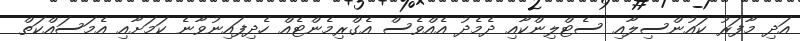
އަދި މާފަރު ކައުންސިލާއި ސެޓްލިންކާއި ދެމެދު އެއްވެސް އެގްރިމެންޓެއް ހެދިފައިނުވާނެ ކަމަށާއި އެމަސައްކަތް